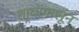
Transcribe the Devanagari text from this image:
तार्‍यापासून